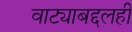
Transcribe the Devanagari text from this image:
वाट्याबद्दलही